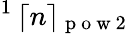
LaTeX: ^1\, \lceil n\rceil_{\mathrm{~p~o~w~2~}}